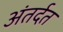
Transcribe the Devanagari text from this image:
अंतर्दत